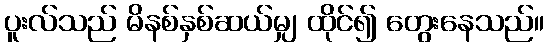
ပူးလ်သည် မိနစ်နှစ်ဆယ်မျှ ထိုင်၍ တွေးနေသည်။